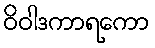
ဝိဝါဒကာရကော